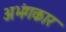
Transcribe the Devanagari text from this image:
अभंगकार